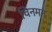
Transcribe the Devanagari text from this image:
चिनमन